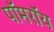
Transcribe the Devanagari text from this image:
पॉमरॉय